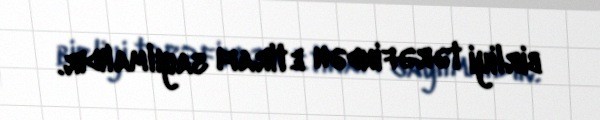
birliyi tərəfindən etirafı sayılmalıdır.